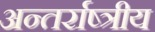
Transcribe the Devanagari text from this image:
अन्तर्राष्त्रीय